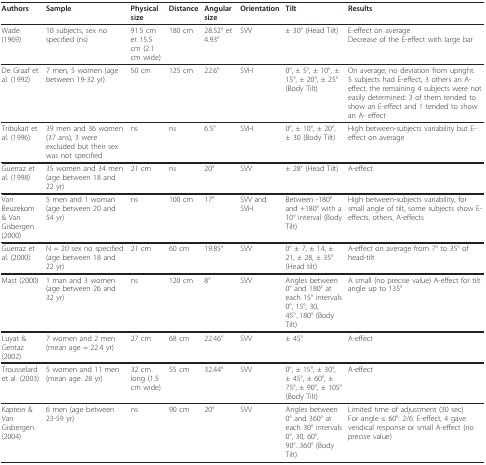
<table><thead><tr><td><b>Authors</b></td><td><b>Sample</b></td><td><b>Physical size</b></td><td><b>Distance</b></td><td><b>Angular size</b></td><td><b>Orientation</b></td><td><b>Tilt</b></td><td><b>Results</b></td></tr></thead><tbody><tr><td>Wade (1969)</td><td>10 subjects, sex no specified (ns)</td><td>91.5 cm et 15.5 cm (2.1 cm wide)</td><td>180 cm</td><td>28.52° et 4.93°</td><td>SVV</td><td>± 30° (Head Tilt)</td><td>E-effect on averageDecrease of the E-effect with large bar</td></tr><tr><td>De Graaf et al. (1992)</td><td>7 men, 5 women (age between 19-32 yr)</td><td>50 cm</td><td>125 cm</td><td>22.6°</td><td>SVH</td><td>0°, ± 5°, ± 10°, ± 15°, ± 20°, ± 25° (Body Tilt)</td><td>On average, no deviation from upright.5 subjects had E-effect, 3 others an A-effect, the remaining 4 subjects were not easily determined: 3 of them tended to show an E-effect and 1 tended to show an A- effect</td></tr><tr><td>Tribukait et al. (1996)</td><td>39 men and 36 women (37 ans), 3 were excluded but their sex was not specified</td><td>ns</td><td>ns</td><td>6.5°</td><td>SVH</td><td>0°, ± 10°, ± 20°, ± 30 (Body Tilt)</td><td>High between-subjects variability but E-effect on average</td></tr><tr><td>Guerraz et al. (1998)</td><td>35 women and 34 men (age between 18 and 22 yr)</td><td>21 cm</td><td>ns</td><td>20°</td><td>SVV</td><td>± 28° (Head Tilt)</td><td>A-effect</td></tr><tr><td>Van Beuzekom &amp; Van Gisbergen (2000)</td><td>5 men and 1 woman (age between 20 and 54 yr)</td><td>ns</td><td>100 cm</td><td>17°</td><td>SVV and SVH</td><td>Between -180° and +180° with a 10° interval (Body Tilt)</td><td>High between-subjects variability, for small angle of tilt, some subjects show E-effects, others, A-effects</td></tr><tr><td>Guerraz et al. (2000)</td><td>N = 20 sex no specified (age between 18 and 22 yr)</td><td>21 cm</td><td>60 cm</td><td>19.85°</td><td>SVV</td><td>0° ± 7, ± 14, ± 21, ± 28, ± 35° (Head tilt)</td><td>A-effect on average from 7° to 35° of head-tilt</td></tr><tr><td>Mast (2000)</td><td>1 man and 3 women (age between 26 and 32 yr)</td><td>ns</td><td>120 cm</td><td>8°</td><td>SVV</td><td>Angles between 0° and 180° at each 15° intervals0°, 15°, 30, 45°...180° (Body Tilt)</td><td>A small (no precise value) A-effect for tilt angle up to 135°</td></tr><tr><td>Luyat &amp; Gentaz (2002)</td><td>7 women and 2 men (mean age = 22.4 yr)</td><td>27 cm</td><td>68 cm</td><td>22.46°</td><td>SVV</td><td>± 45°</td><td>A-effect</td></tr><tr><td>Trousselard et al. (2003)</td><td>5 women and 11 men (mean age: 28 yr)</td><td>32 cm long (1.5 cm wide)</td><td>55 cm</td><td>32.44°</td><td>SVV</td><td>0°, ± 15°, ± 30°, ± 45°, ± 60°, ± 75°, ± 90°, ± 105° (Body Tilt)</td><td>A-effect</td></tr><tr><td>Kaptein &amp; Van Gisbergen (2004)</td><td>6 men (age between 23-59 yr)</td><td>ns</td><td>90 cm</td><td>20°</td><td>SVV</td><td>Angles between 0° and 360° at each 30° intervals0°, 30, 60°, 90°...360° (Body Tilt)</td><td>Limited time of adjustment (30 sec)For angle ≤ 60°: 2/6: E-effect, 4 gave veridical response or small A-effect (no precise value)</td></tr></tbody></table>